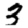
Digit: 3